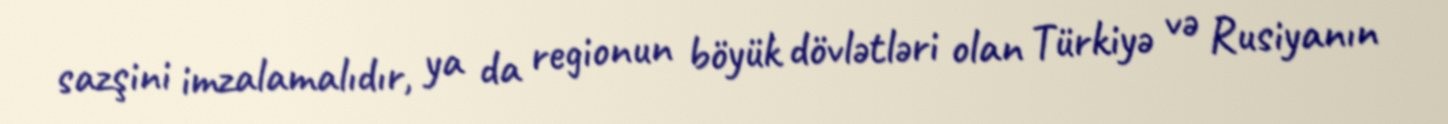
sazşini imzalamalıdır, ya da regionun böyük dövlətləri olan Türkiyə və Rusiyanın